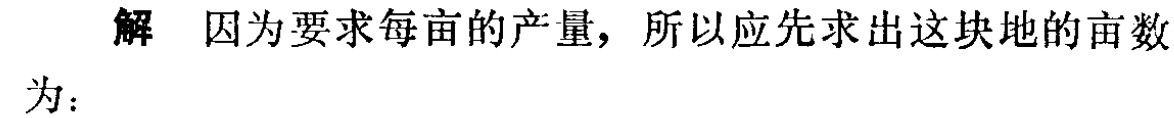
解 因为要求每亩的产量，所以应先求出这块地的亩数

为：